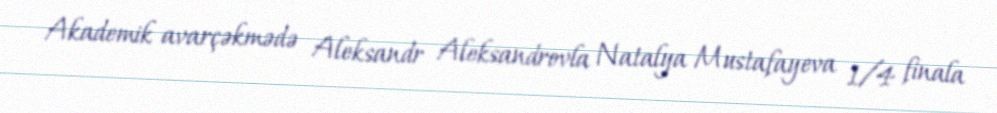
Akademik avarçəkmədə Aleksandr Aleksandrovla Natalya Mustafayeva 1/4 finala